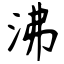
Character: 沸